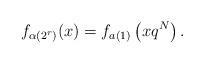
LaTeX: \begin{align*}f_{\alpha(2^r)}(x) = f_{a(1)}\left(xq^N\right).\end{align*}